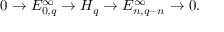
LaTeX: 0 \to E _ { 0 , q } ^ { \infty } \to H _ { q } \to E _ { n , q - n } ^ { \infty } \to 0 .